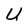
Character: U